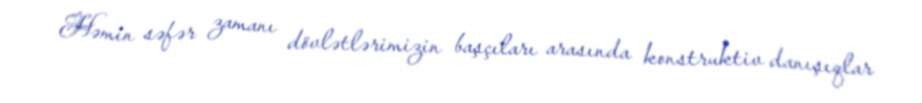
Həmin səfər zamanı dövlətlərimizin başçıları arasında konstruktiv danışıqlar